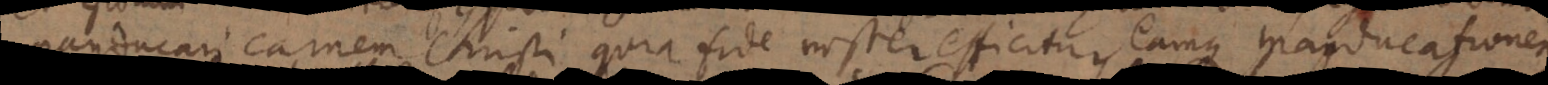
manducari carnem Christi quia fide noster efficitur, eamque manducationem